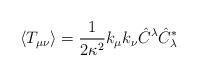
LaTeX: \begin{align*}\langle T_{\mu \nu} \rangle = \frac{1}{2\kappa^2} k_\mu k_\nu \hat{C}^\lambda \hat{C}^*_\lambda\end{align*}